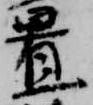
置